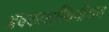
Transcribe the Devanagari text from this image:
अवकाशस्थितीतला